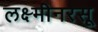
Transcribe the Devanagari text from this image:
लक्ष्मीनरसू